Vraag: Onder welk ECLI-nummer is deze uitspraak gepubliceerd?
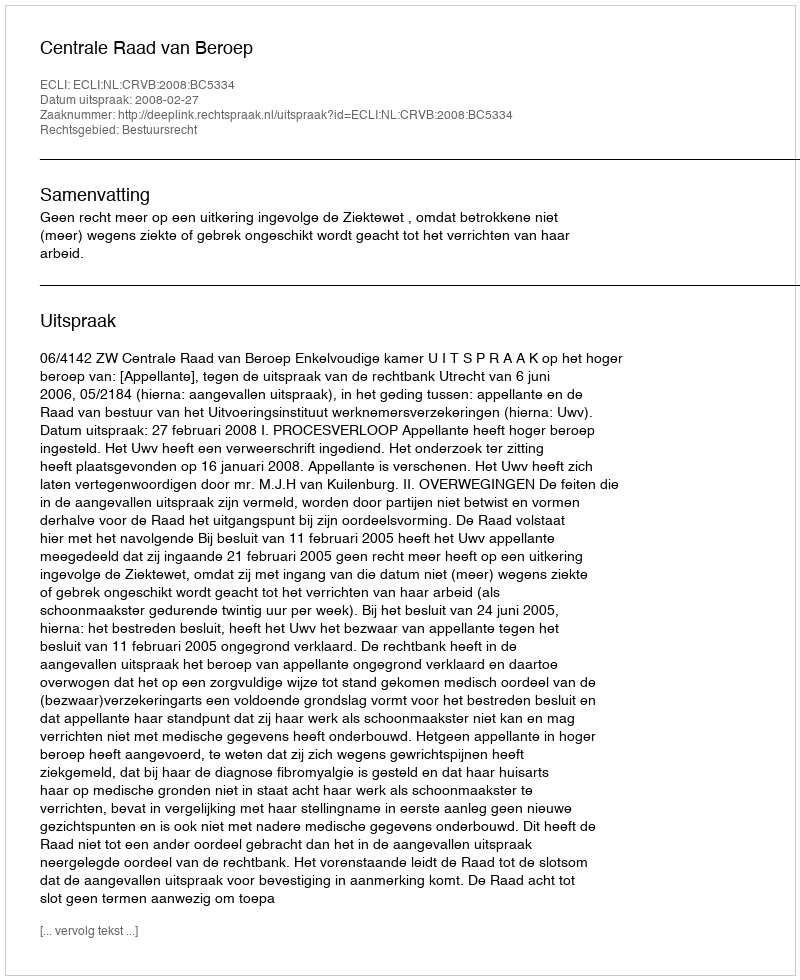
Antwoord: ECLI:NL:CRVB:2008:BC5334